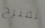
نقترح